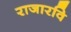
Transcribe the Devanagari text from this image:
राजारवि